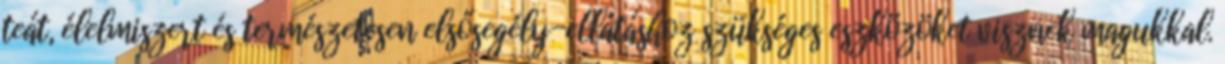
teát, élelmiszert és természetesen elsősegély-ellátáshoz szükséges eszközöket visznek magukkal.